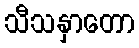
သီသနှာတော